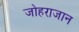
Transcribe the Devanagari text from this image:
जोहराजान